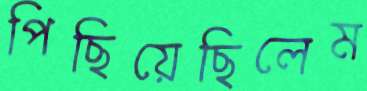
পিছিয়েছিলেম